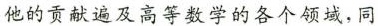
他的贡献遍及高等数学的各个领域，同